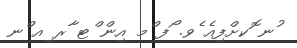
ުނ ޮކށްފިއެ ެވ. ޯފ ްމ އިން ްޓ ާރ ިއ ްނ